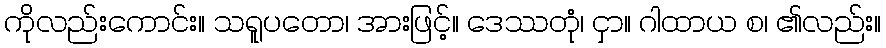
ကိုလည်းကောင်း။ သရူပတော၊ အားဖြင့်။ ဒေဿတုံ၊ ငှာ။ ဂါထာယ စ၊ ၏လည်း။